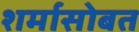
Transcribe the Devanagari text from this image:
शर्मासोबत